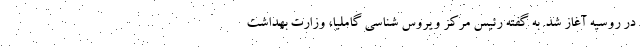
در روسیه آغاز شد. به گفته رئیس مرکز ویروس شناسی گاملیا، وزارت بهداشت